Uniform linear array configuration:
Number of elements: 24
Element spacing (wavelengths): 1
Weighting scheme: hamming
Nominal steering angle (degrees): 45
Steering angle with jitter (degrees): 44.07
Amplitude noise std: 0.05
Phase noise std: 0.05

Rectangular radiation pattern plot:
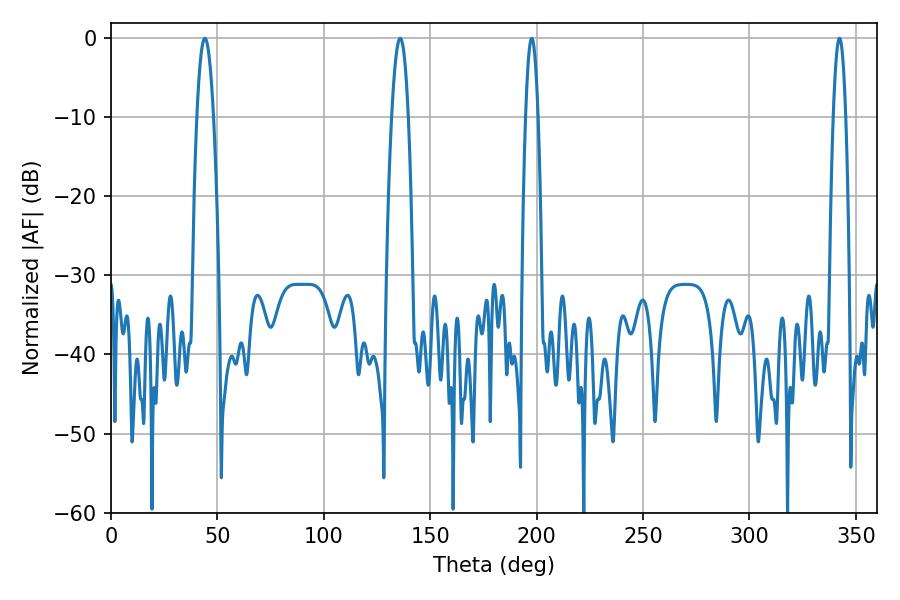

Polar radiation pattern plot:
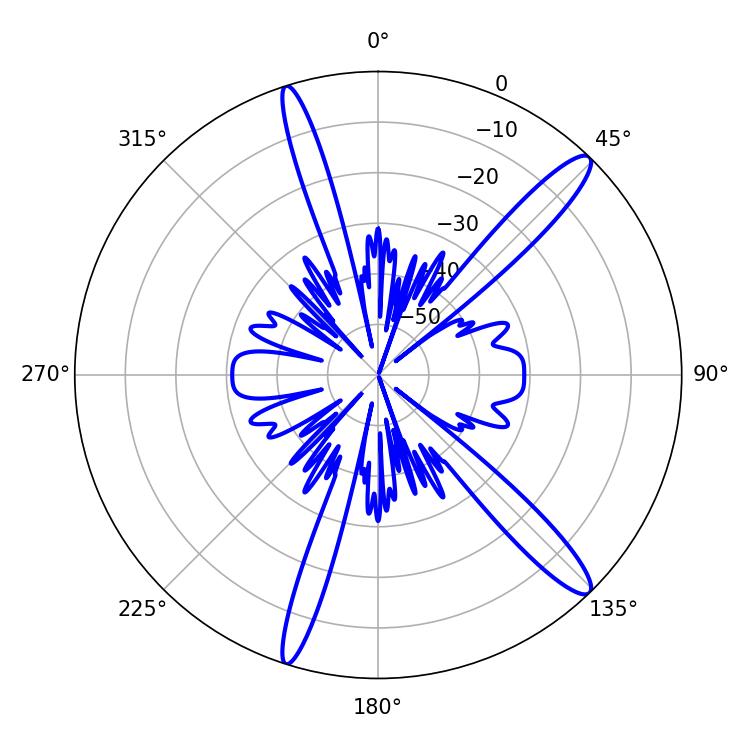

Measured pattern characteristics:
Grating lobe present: TRUE
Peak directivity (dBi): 14.195
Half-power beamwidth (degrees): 4.32
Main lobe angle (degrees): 135.9